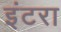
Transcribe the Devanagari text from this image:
इंटरा